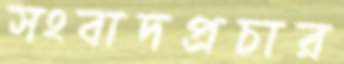
সংবাদপ্রচার